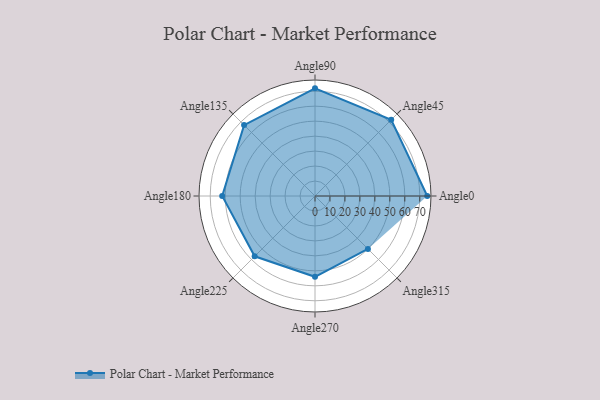
{"axis": {"x": "Angle", "y": "Radius"}, "legend": [""], "data": [{"x": "Angle0", "y": 75.0, "type": ""}, {"x": "Angle45", "y": 72.0, "type": ""}, {"x": "Angle90", "y": 72.0, "type": ""}, {"x": "Angle135", "y": 67.0, "type": ""}, {"x": "Angle180", "y": 62.0, "type": ""}, {"x": "Angle225", "y": 57.0, "type": ""}, {"x": "Angle270", "y": 54.0, "type": ""}, {"x": "Angle315", "y": 50.0, "type": ""}]}